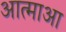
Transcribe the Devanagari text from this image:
आत्माआ